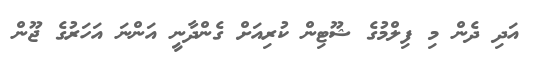
އަދި ދެން މި ފިލްމުގެ ޝޫޓިން ކުރިއަށް ގެންދާނީ އަންނަ އަހަރުގެ ޖޫން